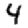
Digit: 4